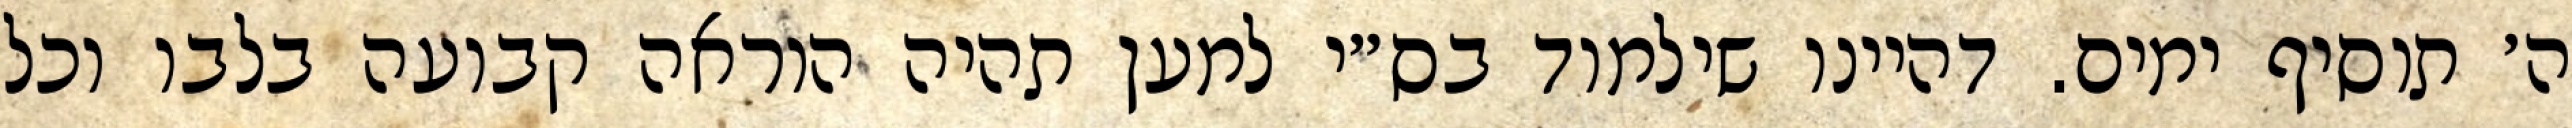
ה׳ תוסיף ימים. דהיינו שילמוד בס״י למען תהיה הוראה קבועה בלבו וכל